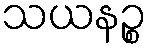
သယနဉ္စ